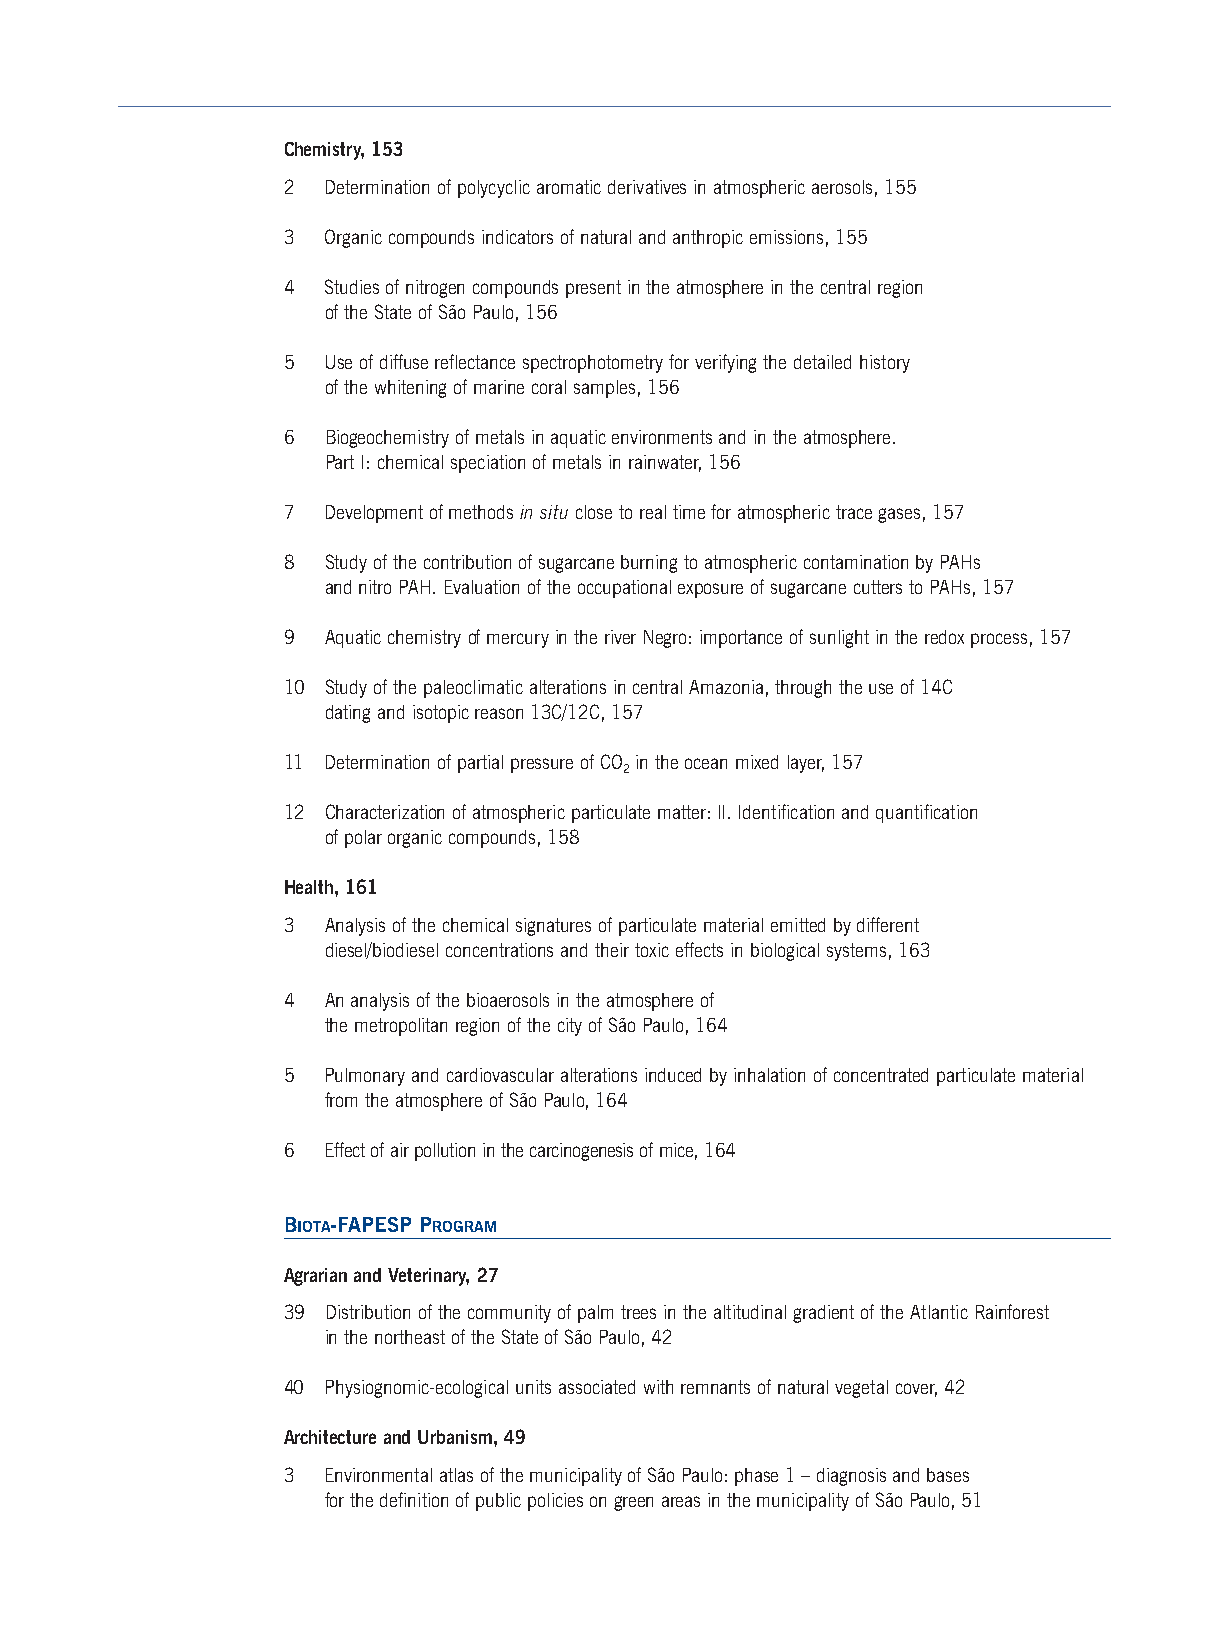
Chemistry, 153
 2  Determination of polycyclic aromatic derivatives in atmospheric aerosols, 155
 3  Organic compounds indicators of natural and anthropic emissions, 155
 4  Studies of nitrogen compounds present in the atmosphere in the central region
 of the State of São Paulo, 156
 5  Use of diffuse reflectance spectrophotometry for verifying the detailed history
 of the whitening of marine coral samples, 156
 6  Biogeochemistry of metals in aquatic environments and in the atmosphere.
 Part I: chemical speciation of metals in rainwater, 156
 7  Development of methods in situclose to real time for atmospheric trace gases, 157
 8  Study of the contribution of sugarcane burning to atmospheric contamination by PAHs
 and nitro PAH. Evaluation of the occupational exposure of sugarcane cutters to PAHs, 157
 9  Aquatic chemistryof mercuryin the river Negro: importance of sunlight in the redox process, 157
 10 Study of the paleoclimatic alterations in central Amazonia, through the use of 14C
 dating and isotopic reason 13C/12C, 157
 11 Determination of partial pressure of CO in the ocean mixed layer, 157
 2
 12 Characterization of atmospheric particulate matter:II. Identification and quantification
 of polar organic compounds, 158
 Health, 161
 3  Analysis of the chemical signatures of particulate material emitted by different
 diesel/biodiesel concentrations and their toxic effects in biological systems, 163
 4  An analysis of the bioaerosols in the atmosphere of
 the metropolitan region of the city of São Paulo, 164
 5  Pulmonary and cardiovascular alterations induced by inhalation of concentrated particulate material
 from the atmosphere of São Paulo,164
 6  Effect of air pollution in the carcinogenesis of mice, 164
 BIOTA-FAPESP PROGRAM
 Agrarian and Veterinary, 27
 39 Distribution of the community of palm trees in the altitudinal gradient of the Atlantic Rainforest
 in the northeast of the State of São Paulo, 42
 40 Physiognomic-ecological units associated with remnants of natural vegetal cover, 42
 Architecture and Urbanism, 49
 3  Environmental atlas of the municipality of São Paulo: phase 1 – diagnosis and bases
 for the definition of public policies on green areas in the municipality of São Paulo,51